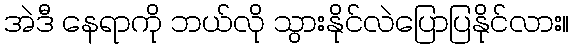
အဲဒီ နေရာကို ဘယ်လို သွားနိုင်လဲပြောပြနိုင်လား။